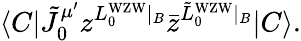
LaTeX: \langle C|{\tilde{J}}_{0}^{\mu^{\prime}}z^{L_{0}^{\mathrm{WZW}}\vert_{B}}{\bar{z}}^{{\tilde{L}}_{0}^{\mathrm{WZW}}\vert_{B}}|C\rangle.